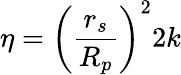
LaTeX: \eta=\left(\frac{r_{s}}{R_{p}}\right)^{2}2k